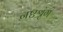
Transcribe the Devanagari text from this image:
नष्टश्रृंग